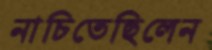
নাচিতেছিলেন